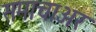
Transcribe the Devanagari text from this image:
समाचाअर